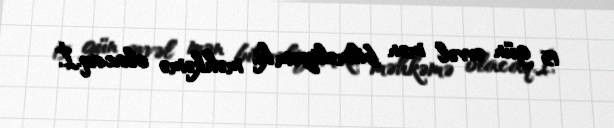
15 gün əvvəl mən bilməliyəm ki, məhkəmə olacaq.İ.